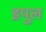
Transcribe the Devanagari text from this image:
इपुल